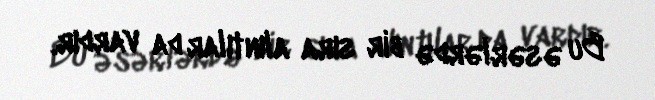
Bu əsərlərdə bir sıra alıntılar da vardır.